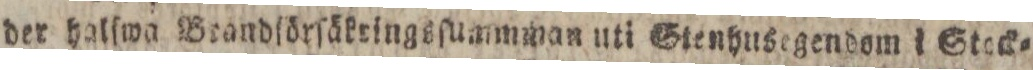
der halſwa Brandſörſäkringsſummwan uti Stenhusegendom i Stock=